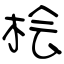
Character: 桧